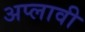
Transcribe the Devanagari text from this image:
अप्लावी